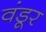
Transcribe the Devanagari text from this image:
वंडूर